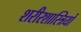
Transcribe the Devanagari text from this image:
शरीरशास्त्रियों